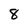
Character: 8